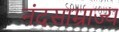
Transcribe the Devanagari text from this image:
नंदसाम्राज्य